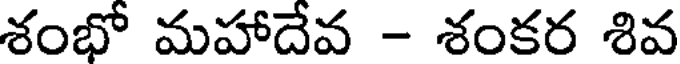
శంభో మహాదేవ - శంకర శివ